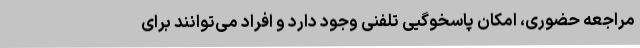
مراجعه حضوری، امکان پاسخوگیی تلفنی وجود دارد و افراد می‌توانند برای